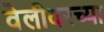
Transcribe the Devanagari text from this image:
वेलीवरच्या